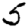
Digit: 5